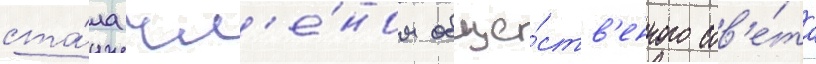
ста́ла чл'е́ном обще́ств'енного сов'е́та